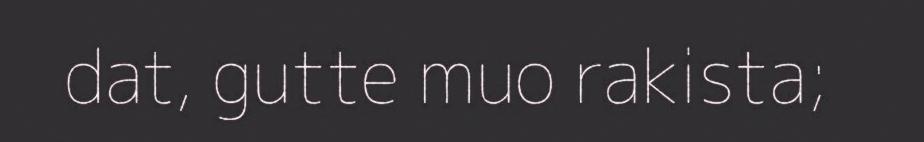
dat, gutte muo rakista;